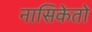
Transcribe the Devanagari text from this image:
नासिकेतो